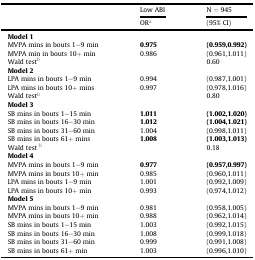
|  | Low ABI | N = 945 |
 | ORa | (95% CI) |
 | --- | --- | --- |
 | <COLSPAN=3> Model 1 |
 | MVPA mins in bouts 1–9 min | 0.975 | (0.959,0.992) |
 | MVPA min in bouts 10+ min | 0.986 | (0.961,1.011) |
 | Wald testb |  | 0.60 |
 | <COLSPAN=3> Model 2 |
 | LPA mins in bouts 1–9 min | 0.994 | (0.987,1.001) |
 | LPA mins in bouts 10+ mins | 0.997 | (0.978,1.016) |
 | Wald testb |  | 0.80 |
 | <COLSPAN=3> Model 3 |
 | SB mins in bouts 1–15 min | 1.011 | (1.002,1.020) |
 | SB mins in bouts 16–30 min | 1.012 | (1.004,1.021) |
 | SB mins in bouts 31–60 min | 1.004 | (0.998,1.011) |
 | SB mins in bouts 61+ mins | 1.008 | (1.003,1.013) |
 | Wald test b |  | 0.18 |
 | <COLSPAN=3> Model 4 |
 | MVPA mins in bouts 1–9 min | 0.977 | (0.957,0.997) |
 | MVPA mins in bouts 10+ min | 0.985 | (0.960,1.011) |
 | LPA mins in bouts 1–9 min | 1.001 | (0.992,1.009) |
 | LPA mins in bouts 10+ min | 0.993 | (0.974,1.012) |
 | <COLSPAN=3> Model 5 |
 | MVPA mins in bouts 1–9 min | 0.981 | (0.958,1.005) |
 | MVPA mins in bouts 10+ min | 0.988 | (0.962,1.014) |
 | SB mins in bouts 1–15 min | 1.003 | (0.992,1.015) |
 | SB mins in bouts 16–30 min | 1.008 | (0.999,1.018) |
 | SB mins in bouts 31–60 min | 0.999 | (0.991,1.008) |
 | SB mins in bouts 61+ min | 1.003 | (0.996,1.010) |